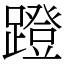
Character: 蹬